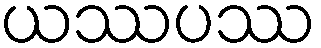
ယဿပဿ